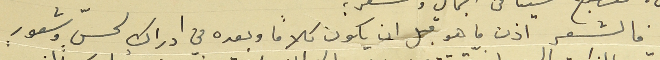
فالشعر اذن ما هو قبل ان يكون كلاماً وبعده في ادراك لحسٍّ وشعورٍ